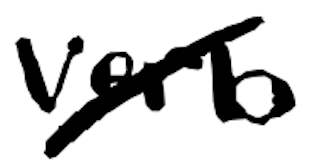
Text: verb
Cross-out: mix
Writing tool: digital_black